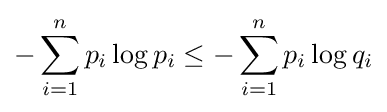
-\sum _{i=1}^{n}p_{i}\log p_{i}\leq -\sum _{i=1}^{n}p_{i}\log q_{i}